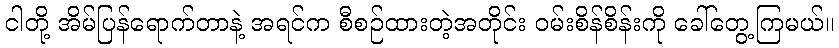
ငါတို့ အိမ်ပြန်ရောက်တာနဲ့ အရင်က စီစဉ်ထားတဲ့အတိုင်း ဝမ်းစိန်စိန်းကို ခေါ်တွေ့ကြမယ်။